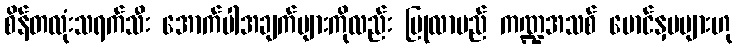
စိန်တလုံးသရက်သီး အောက်ပါအချက်များကိုလည်း ပြုလာမည် ကဏ္ဍအသစ် မောင်နှမများဟု